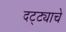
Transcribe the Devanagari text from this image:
दट्ट्याचे